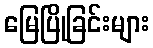
မြေပြိုခြင်းများ